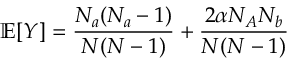
\mathbb { E } [ Y ] = \frac { N _ { a } ( N _ { a } - 1 ) } { N ( N - 1 ) } + \frac { 2 \alpha N _ { A } N _ { b } } { N ( N - 1 ) }